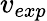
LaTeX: v_{exp}